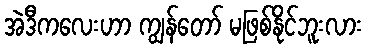
အဲဒီကလေးဟာ ကျွန်တော် မဖြစ်နိုင်ဘူးလား